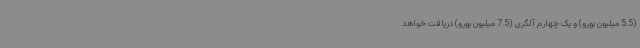
(5.5 میلیون یورو) و یک چهارم آلگری (7.5 میلیون یورو) دریافت خواهد